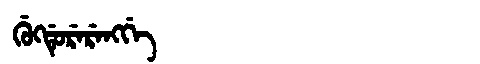
Manchu: ᡤᡠᡴᡩᡠᡵᡝᡵᡝᠩᡤᡝ
Romanization: GUKDURERENGGE